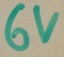
Text: 6V